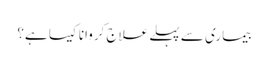
بیماری سے پہلے علاج کروانا کیسا ہے؟